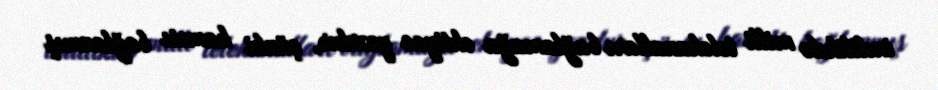
indilikdə milli telekanalları bağlamağa ehtiyac yoxdur, çünki hamısı bağlanmış